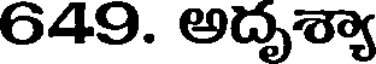
649. అదృశ్యా